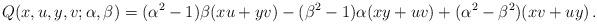
LaTeX: \begin{align*}Q(x,u,y,v;\alpha,\beta)=(\alpha^2-1)\beta(xu+yv)-(\beta^2-1)\alpha(xy+uv)+(\alpha^2-\beta^2)(xv+uy)\,.\end{align*}